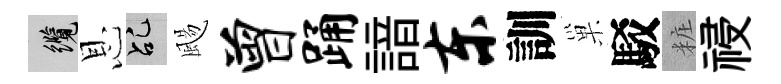
纜恩乩颺曾踊諳东訓巢駁粧祲